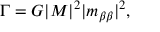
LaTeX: \Gamma = G | M | ^ { 2 } | m _ { \beta \beta } | ^ { 2 } ,